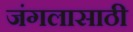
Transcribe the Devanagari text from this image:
जंगलासाठी